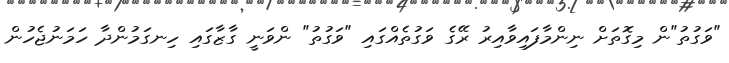
"ވަގުތު"ން މިގޮތަށް ނިންމާފައިވާއިރު ރޭގެ ވަގުތެއްގައި "ވަގުތު" ންވަނީ ގާޒާގައި ހިނގަމުންދާ ހަމަނުޖެހުން